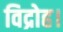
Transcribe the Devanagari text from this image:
विद्रोह।